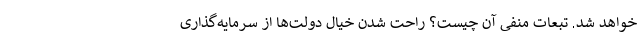
خواهد شد. تبعات منفی آن چیست؟ راحت شدن خیال دولت‌ها از سرمایه‌گذاری